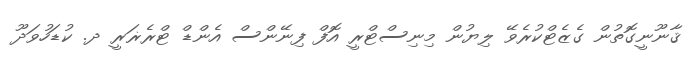
ޤާނޫނީގޮތުން ގެޒެޓްކުރެވޭ ލިޔުން މިނިސްޓްރީ އޮފް ފިނޭންސް އެންޑް ޓްރެޜަރީ ދ. ކުޑަހުވަދޫ